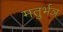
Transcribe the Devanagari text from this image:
मतुर्भञ